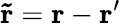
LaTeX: \mathbf{\tilde{r}}=\mathbf{r}-\mathbf{r^{\prime}}